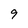
Character: 9